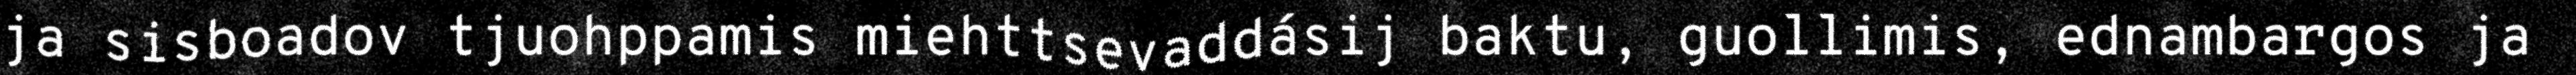
ja sisboadov tjuohppamis miehttsevaddásij baktu, guollimis, ednambargos ja